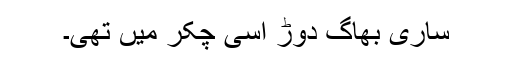
ساری بھاگ دوڑ اسی چکر میں تھی۔